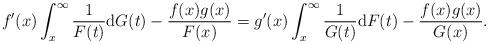
LaTeX: \begin{align*}f'(x)\int_{x}^{\infty}\frac{1}{F(t)}{\rm d}G(t)-\frac{f(x)g(x)}{F(x)} =g'(x)\int_{x}^{\infty}\frac{1}{G(t)}{\rm d}F(t)-\frac{f(x)g(x)}{G(x)}.\end{align*}